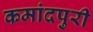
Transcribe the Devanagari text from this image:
कमांदपुरी